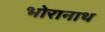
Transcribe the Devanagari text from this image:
भोरानाथ